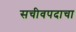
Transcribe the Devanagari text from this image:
सचीवपदाचा